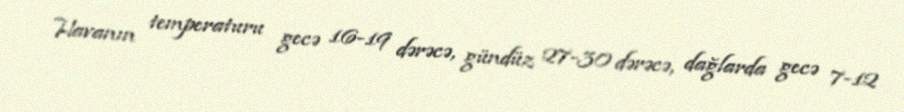
Havanın temperaturu gecə 16-19 dərəcə, gündüz 27-30 dərəcə, dağlarda gecə 7-12